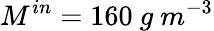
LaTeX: M^{in}=160\ g\ m^{-3}